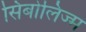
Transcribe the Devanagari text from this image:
सिंबोलिज्म